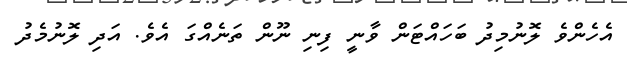
އެހެންވެ ލޮނުމިދު ބަހައްޓަން ވާނީ ފިނި ނޫން ތަނެއްގަ އެވެ. އަދި ލޮނުމެދު